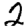
Digit: 2